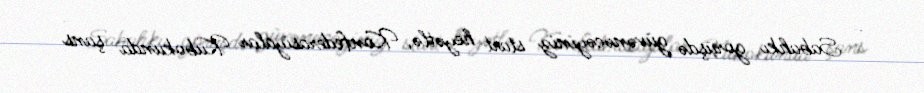
- Sabahkı görüşdə güvənəcəyiniz start heyətlə, Konfederasiyalar Kubokunda şans